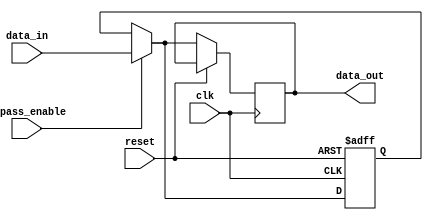
module Cascade_Bypass_Register (
    input wire clk,
    input wire reset,
    input wire bypass_enable,
    input wire [7:0] data_in,
    output reg [7:0] data_out
);

reg [7:0] register_data;

always @(posedge clk or posedge reset) begin
    if(reset) begin
        register_data <= 8'b0;
    end else begin
        if(bypass_enable) begin
            data_out <= data_in;
            register_data <= data_in;
        end else begin
            data_out <= register_data;
        end
    end
end

endmodule